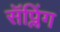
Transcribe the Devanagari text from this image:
सॅप्लिंग